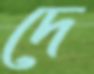
দে